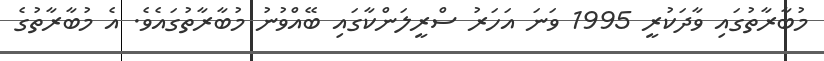
މުބާރާތުގައި ވާދަކުރީ 1995 ވަނަ އަހަރު ސްރީލަންކާގައި ބޭއްވުނު މުބާރާތުގައެވެ. އެ މުބާރާތުގެ